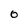
Character: O